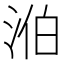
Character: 𣵁